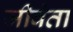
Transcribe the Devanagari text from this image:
जीवंता